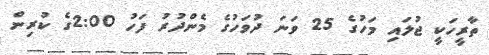
ތާރީހަކީ ޖުލައި މަހުގެ 25 ވަނަ ދުވަހުގެ މެންދުރު ފަހު 2:00ގެ ކުރިން